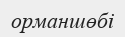
орманшөбі